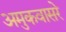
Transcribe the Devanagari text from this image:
अमुकवासरे